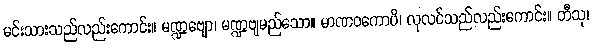
မင်းသားသည်လည်းကောင်း။ မဏ္ဍဗျော၊ မဏ္ဍဗျမည်သော။ မာဏဝကောပိ၊ လုလင်သည်လည်းကောင်း။ တီသု၊